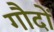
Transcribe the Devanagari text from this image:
गौदों